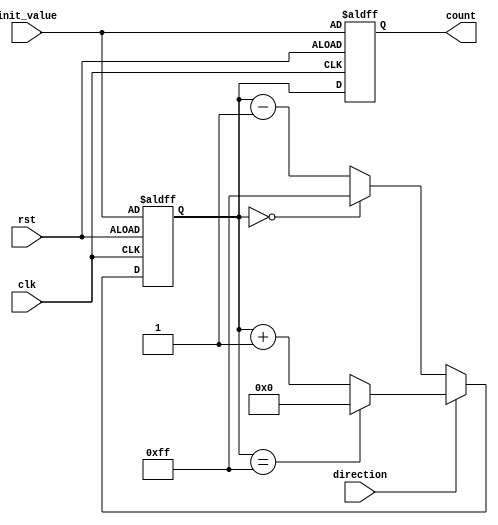
module up_down_counter(
    input wire clk,
    input wire rst,
    input wire direction,
    input wire [7:0] init_value,
    output reg [7:0] count
);

reg [7:0] state_next;
reg [7:0] state_reg;

always @(posedge clk or posedge rst) begin
    if (rst) begin
        state_reg <= init_value;
        count <= init_value;
    end
    else begin
        state_reg <= state_next;
        count <= state_reg;
    end
end

always @(*) begin
    if (direction) begin
        if (state_reg == 8'hFF) begin
            state_next = 8'h00;
        end
        else begin
            state_next = state_reg + 1;
        end
    end
    else begin
        if (state_reg == 8'h00) begin
            state_next = 8'hFF;
        end
        else begin
            state_next = state_reg - 1;
        end
    end
end

endmodule